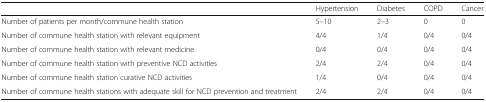
<table><thead><tr><td></td><td><b>Hypertension</b></td><td><b>Diabetes</b></td><td><b>COPD</b></td><td><b>Cancer</b></td></tr></thead><tbody><tr><td>Number of patients per month/commune health station</td><td>5–10</td><td>2–3</td><td>0</td><td>0</td></tr><tr><td>Number of commune health station with relevant equipment</td><td>4/4</td><td>1/4</td><td>0/4</td><td>0/4</td></tr><tr><td>Number of commune health station with relevant medicine</td><td>0/4</td><td>0/4</td><td>0/4</td><td>0/4</td></tr><tr><td>Number of commune health station with preventive NCD activities</td><td>2/4</td><td>2/4</td><td>0/4</td><td>0/4</td></tr><tr><td>Number of commune health station curative NCD activities</td><td>1/4</td><td>0/4</td><td>0/4</td><td>0/4</td></tr><tr><td>Number of commune health stations with adequate skill for NCD prevention and treatment</td><td>2/4</td><td>2/4</td><td>0/4</td><td>0/4</td></tr></tbody></table>